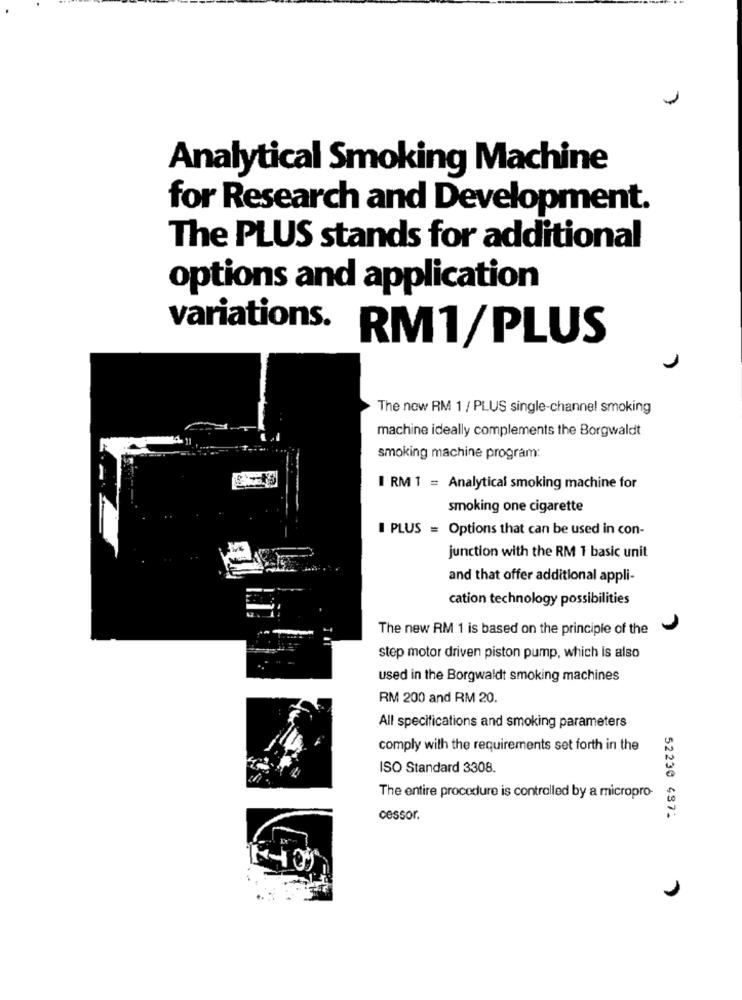
Analytical Smoking Machine
for Research and Development.
The PLUS stands for additional
options and application
variations. RM1/PLUS
The new RM 1 / PLUS single-channel smoking
machine ideally complements the Borgwaldt
smoking machine program:
I RM 1 = Analytical smoking machine for
smoking one cigarette
I PLUS = Options that can be used in con-
junction with the RM 1 basic unit
and that offer additional appli-
cation technology possibilities
The new RM 1 is based on the principle of the
step motor driven piston pump, which Is also
used in the Borgwaldt smoking machines
RM 200 and RM 20.
All specifications and smoking parameters
comply with the requirements set forth in the
ISO Standard 3308.
The entire procedure is controlled by a micropro-
cessor.
52230 487: